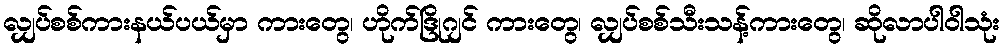
လျှပ်စစ်ကားနယ်ပယ်မှာ ကားတွေ၊ ဟိုက်ဒြိုဂျင် ကားတွေ၊ လျှပ်စစ်သီးသန့်ကားတွေ၊ ဆိုလာပါဝါသုံး